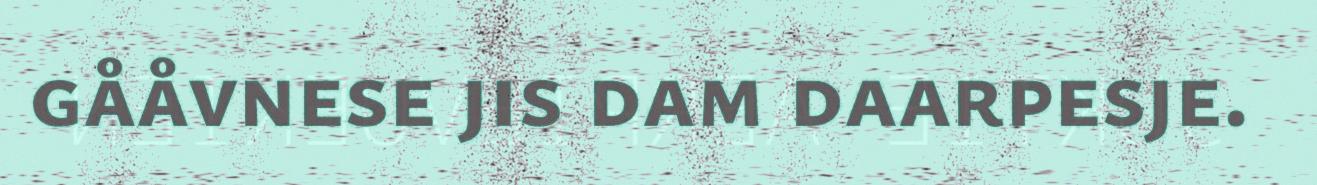
gååvnese jis dam daarpesje.